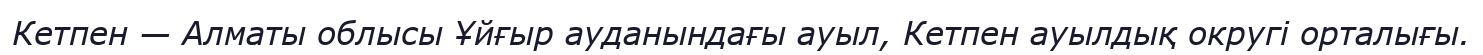
Кетпен — Алматы облысы Ұйғыр ауданындағы ауыл, Кетпен ауылдық округі орталығы.